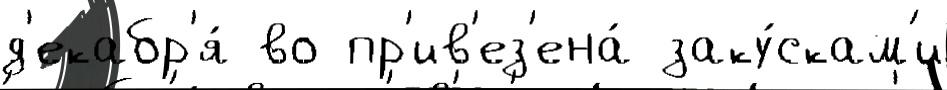
д'екабр'я́ во пр'ив'ез'ена́ заку́скам'и